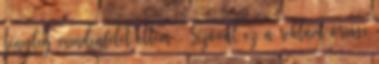
tényleg mindenfélét ettem . Szóval ez a reklám óriási